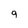
Character: g